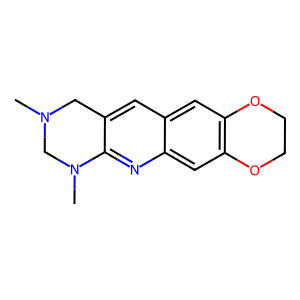
SMILES: CN1Cc2cc3cc4c(cc3nc2N(C)C1)OCCO4
Inhibits HIV replication: No